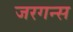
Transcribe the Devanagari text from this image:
जरगन्स